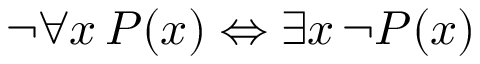
\lnot \forall x \, P ( x ) \Leftrightarrow \exists x \, \lnot P ( x )